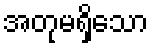
အတုမရှိသော